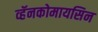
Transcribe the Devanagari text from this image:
व्हॅनकोमायसिन